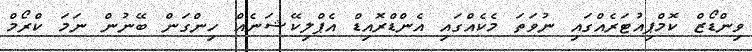
ވިންޑޯޒް ކޮމްޕިއުޓަރެއްގައި ނުވަތަ މެކެއްގައި އެންޑްރޮއިޑް އެޕްލިކޭޝަނެއް ހިންގަން ބޭނުން ނަމަ ކްރޯމް